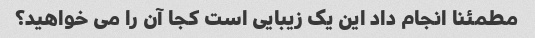
مطمئنا انجام داد این یک زیبایی است کجا آن را می خواهید؟